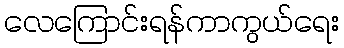
လေကြောင်းရန်ကာကွယ်ရေး